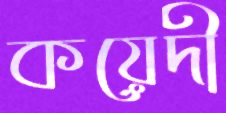
কয়েদী